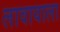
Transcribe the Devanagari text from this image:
लावायाला